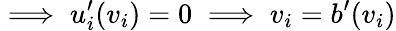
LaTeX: \implies u_{i}^{\prime}(v_{i})=0\implies v_{i}=b^{\prime}(v_{i})